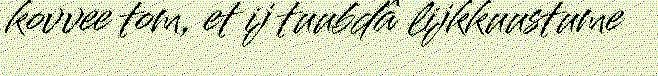
kovvee tom, et ij tuubdâ lijkkuustume